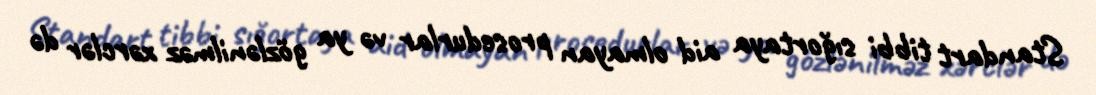
Standart tibbi sığortaya aid olmayan prosedurlar və ya gözlənilməz xərclər də